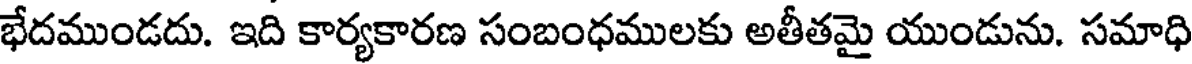
భేదముండదు. ఇది కార్యకారణ సంబంధములకు అతీతమై యుండును. సమాధి